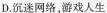
D. 沉迷网络，游戏人生